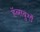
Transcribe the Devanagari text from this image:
हॅब्सबुर्गो